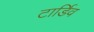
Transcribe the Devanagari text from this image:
टार्डिव